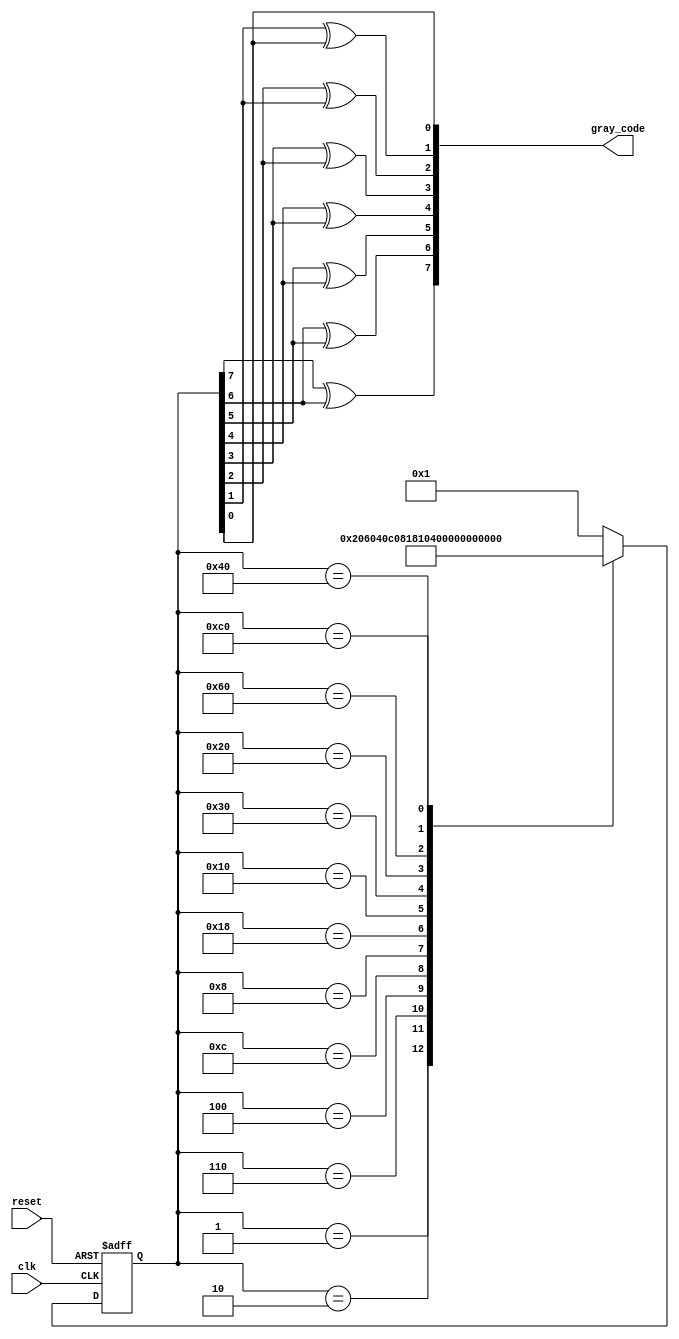
module johnson_gray_counter (
    input wire clk,
    input wire reset,
    
    output reg [7:0] gray_code
);

reg [7:0] q_next;

always @ (posedge clk or posedge reset) begin
    if (reset) begin
        q_next <= 8'b00000001;
    end else begin
        case(q_next)
            8'b00000001: q_next <= 8'b00000010;
            8'b00000010: q_next <= 8'b00000110;
            8'b00000110: q_next <= 8'b00000100;
            8'b00000100: q_next <= 8'b00001100;
            8'b00001100: q_next <= 8'b00001000;
            8'b00001000: q_next <= 8'b00011000;
            8'b00011000: q_next <= 8'b00010000;
            8'b00010000: q_next <= 8'b00110000;
            8'b00110000: q_next <= 8'b00100000;
            8'b00100000: q_next <= 8'b01100000;
            8'b01100000: q_next <= 8'b01000000;
            8'b01000000: q_next <= 8'b11000000;
            8'b11000000: q_next <= 8'b10000000;
            8'b10000000: q_next <= 8'b00000001;
            default: q_next <= 8'b00000001;
        endcase
    end
end

always @*begin
    gray_code[7] = q_next[7] ^ q_next[6];
    gray_code[6] = q_next[6] ^ q_next[5];
    gray_code[5] = q_next[5] ^ q_next[4];
    gray_code[4] = q_next[4] ^ q_next[3];
    gray_code[3] = q_next[3] ^ q_next[2];
    gray_code[2] = q_next[2] ^ q_next[1];
    gray_code[1] = q_next[1] ^ q_next[0];
    gray_code[0] = q_next[0];
end

endmodule